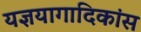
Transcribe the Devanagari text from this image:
यज्ञयागादिकांस